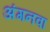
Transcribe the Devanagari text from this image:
अंगनवा